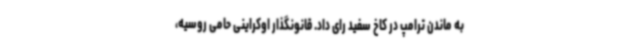
به ماندن ترامپ در کاخ سفید رای داد. قانونگذار اوکراینی حامی روسیه،